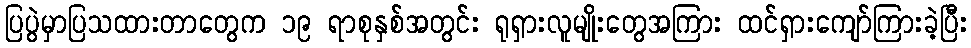
ပြပွဲမှာပြသထားတာတွေက ၁၉ ရာစုနှစ်အတွင်း ရုရှားလူမျိုးတွေအကြား ထင်ရှားကျော်ကြားခဲ့ပြီး